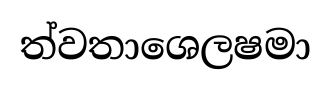
ත්වතාශෙලෂමා